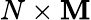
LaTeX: N\times\mathbf{M}